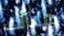
هناك